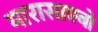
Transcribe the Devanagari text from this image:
मारासाएबो